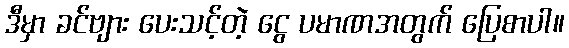
ဒီမှာ ခင်ဗျား ပေးသင့်တဲ့ ငွေ ပမာဏအတွက် ပြေစာပါ။